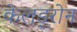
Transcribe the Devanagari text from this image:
केलड्रोन